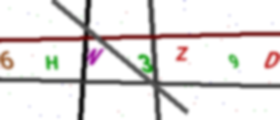
Text: 6HW3Z9D